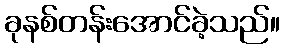
ခုနစ်တန်းအောင်ခဲ့သည်။